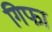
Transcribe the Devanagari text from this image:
गिफा